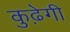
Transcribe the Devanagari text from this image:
कुढ़ेगी